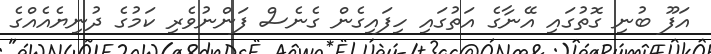
އަފޫ ބުނި ގޮތުގައި އޭނާގެ އަތުގައި ހިފައިގެން ގެނެސް ފަންނުވެރި ކަމުގެ ދުނިޔެއެއްގެ